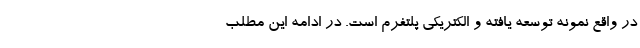
در واقع نمونه توسعه یافته و الکتریکی پلتفرم است. در ادامه این مطلب